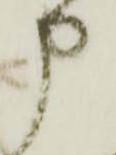
申